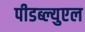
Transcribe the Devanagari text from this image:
पीडब्ल्युएल